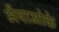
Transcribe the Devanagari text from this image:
भैयाओके